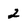
Character: 2